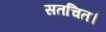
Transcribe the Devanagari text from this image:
सतचित।